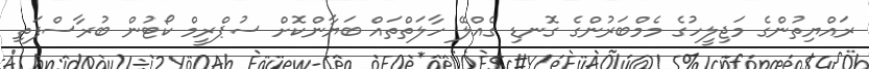
ރައްޔިތުންގެ މަޖިލީހުގެ މެމްބަރުންގެ ގޮނޑި ގެއްލޭ ހާލަތްތައް ބަޔާންކޮށް ސުޕްރީމް ކޯޓުން ބުރާސްފަތި